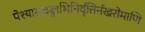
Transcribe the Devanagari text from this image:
पेश्यास्त्वङ्गाभिनिर्वृत्तिर्नखरोमाणि